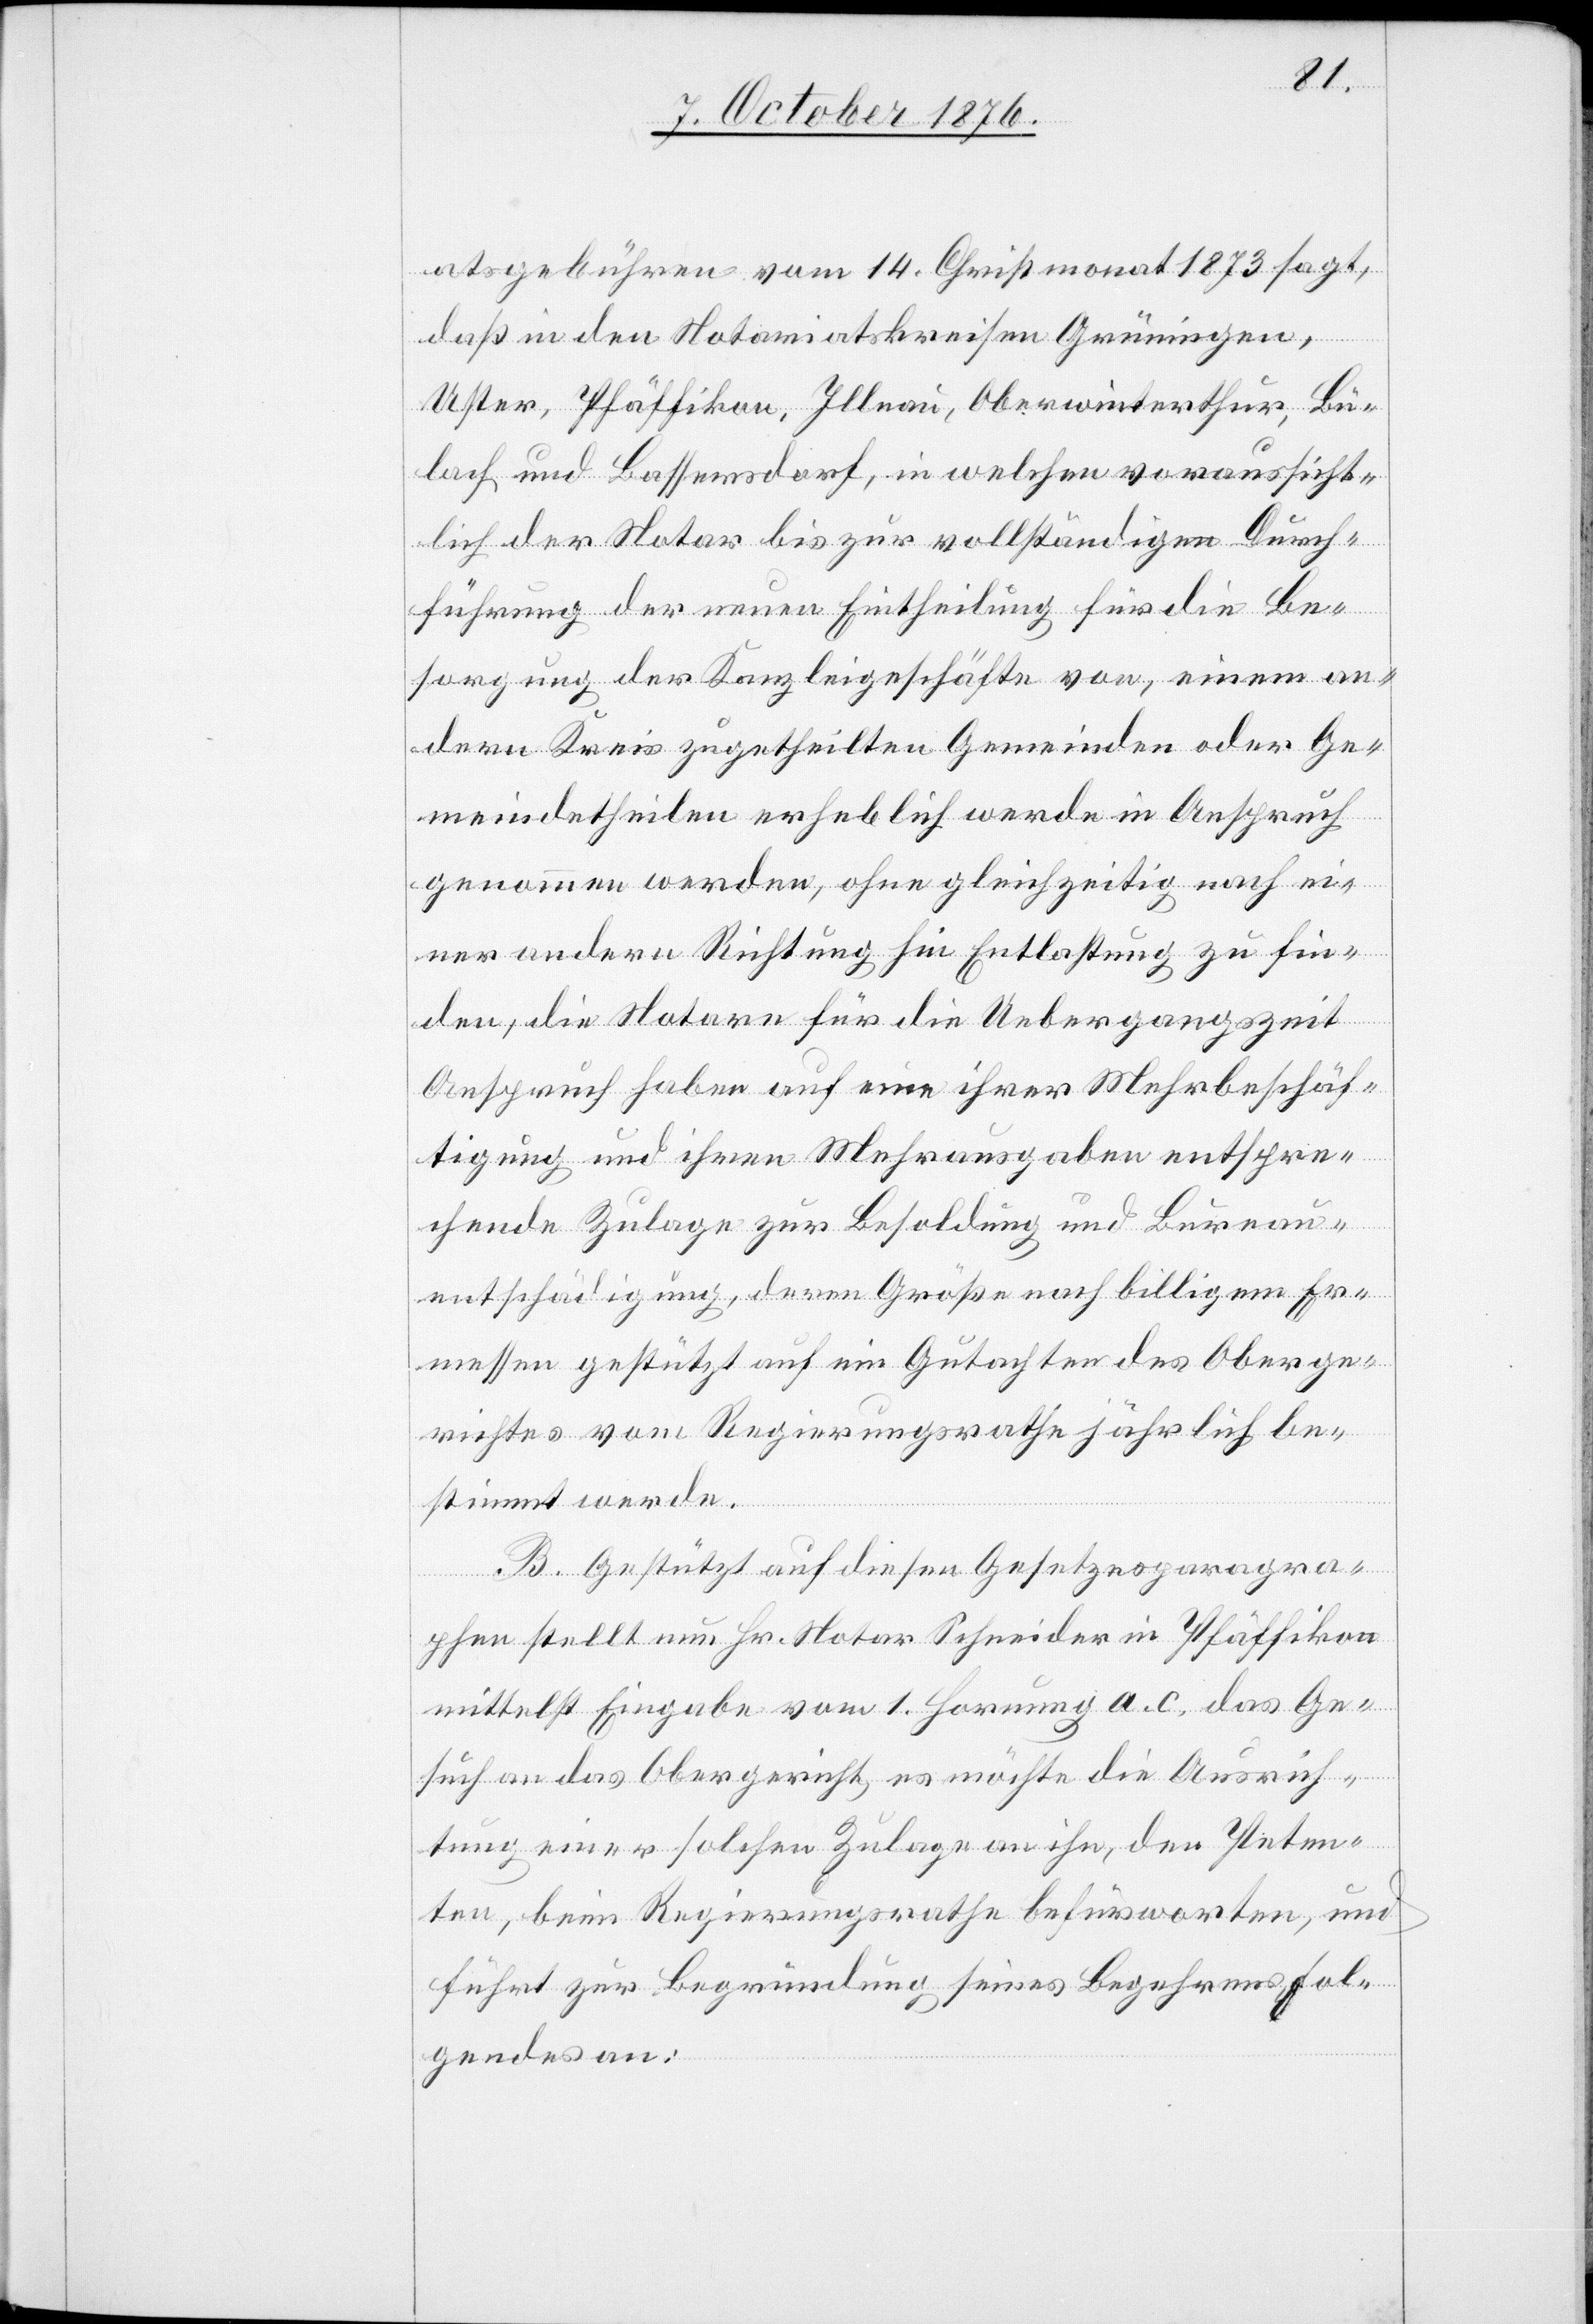
atsgebühren vom 14. Christmonat 1873 sagt,
daß in den Notariatskreisen Grüningen,
Uster, Pfäffikon, Illnau, Oberwinterthur, Bü¬
lach und Bassersdorf, in welchen voraussicht¬
lich der Notar bis zur vollständigen Durch¬
führung der neuen Eintheilung für die Be¬
sorgung der Kanzleigeschäfte von, einem an¬
dern Kreis zugetheilten Gemeinden oder Ge¬
meindetheilen erheblich werde in Anspruch
genommen werden, ohne gleichzeitig nach ei¬
ner andern Richtung hin Entlastung zu fin¬
den, die Notare für die Uebergangszeit
Anspruch haben auf eine ihrer Mehrbeschäf¬
tigung und ihren Mehrausgaben entspre¬
chende Zulage zur Besoldung und Bureau¬
entschädigung, deren Größe nach billigem Er¬
messen gestützt auf ein Gutachten des Oberge¬
richtes vom Regierungsrathes jährlich be¬
stimmt werde.
B. Gestützt auf diesen Gesetzesparagra¬
phen stellt nun Hr. Notar Schneider in Pfäffikon
mittelst Eingabe vom 1. Hornung a. c. das Ge¬
such an das Obergericht, es möchte die Ausrich¬
tung einer solchen Zulage an ihn, den Peten¬
ten, beim Regierungsrathe befürworten, und
führt zur Begründung seines Begehrens Fol¬
gendes an: